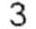
3